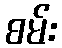
စမ်း